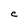
Character: C